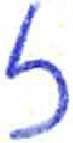
אות: ז